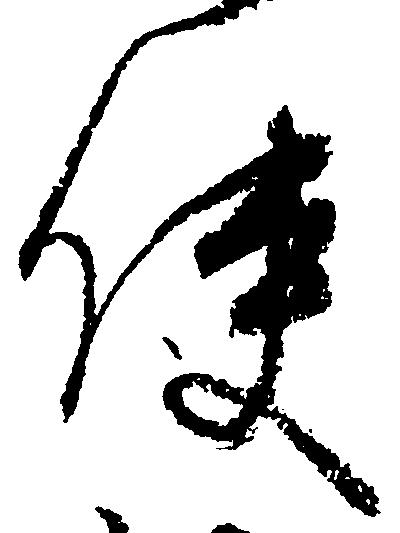
使